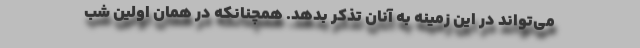
می‌تواند در این زمینه به آنان تذکر بدهد. همچنانکه در همان اولین شب